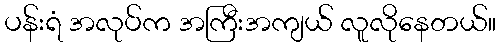
ပန်းရံ အလုပ်က အကြီးအကျယ် လူလိုနေတယ်။